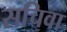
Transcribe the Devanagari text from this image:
सचिवा